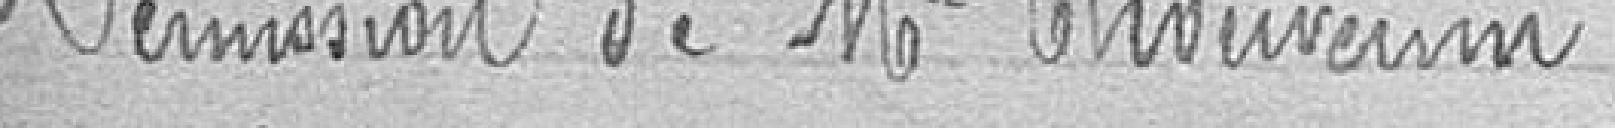
Démission de Mr Chouvernin